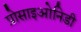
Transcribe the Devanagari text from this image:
प्रोसाइओनिडी